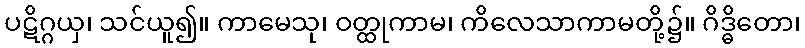
ပဋိဂ္ဂယှ၊ သင်ယူ၍။ ကာမေသု၊ ဝတ္ထုကာမ၊ ကိလေသာကာမတို့၌။ ဂိဒ္ဓိတော၊